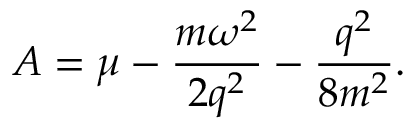
A = \mu - \frac { m \omega ^ { 2 } } { 2 q ^ { 2 } } - \frac { q ^ { 2 } } { 8 m ^ { 2 } } .